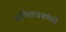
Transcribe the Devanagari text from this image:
संगीतरचनांमधे